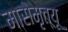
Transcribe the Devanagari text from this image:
मासेमृत्यू